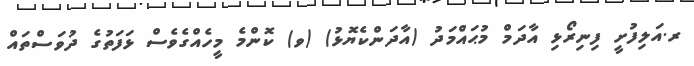
ރ.އަލިފުށީ ފިނިރޯޅި އާދަމް މުޙައްމަދު (އާދަންކެޔޮޅު) (ވ) ކޮންމެ މީހެއްގެވެސް ޅަފަތުގެ ދުވަސްތައް